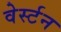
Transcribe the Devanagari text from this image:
वेर्स्टन